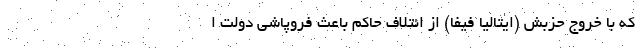
که با خروج حزبش (ایتالیا فیفا) از ائتلاف حاکم باعث فروپاشی دولت ا